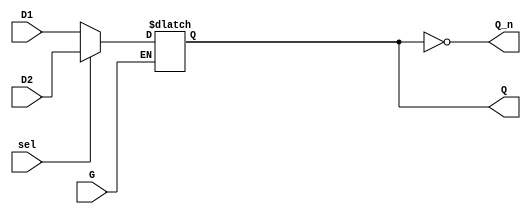
module dual_input_gated_latch (
    input wire D1,         // First data input
    input wire D2,         // Second data input
    input wire G,          // Gate control input
    input wire sel,        // Selection input (0 for D1, 1 for D2)
    output reg Q,          // Latch output
    output wire Q_n        // Inverted output
);

    // Inverted output
    assign Q_n = ~Q;

    // Latch behavior
    always @(*) begin
        if (G) begin
            // When G is high, select the input based on sel
            if (sel) begin
                Q = D2;  // Capture D2
            end else begin
                Q = D1;  // Capture D1
            end
        end
        // When G is low, hold the last state of Q
    end

endmodule